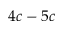
4 c - 5 c